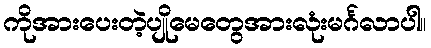
ကိုအားပေးတဲ့ပျိုမေတွေအားလုံးမင်္ဂလာပါ။